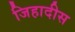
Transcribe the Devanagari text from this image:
जिहादीस